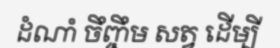
ដំណាំ ចឹញ្ចឹម សត្វ ដើម្បី